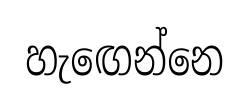
හැඟෙන්නෙ